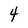
Character: 4